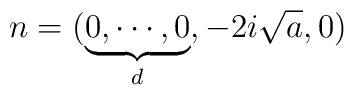
n=(\underbrace{0,\cdots ,0}_{d},-2i\sqrt{a},0)